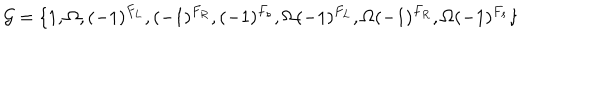
{ \cal G } = \{ 1 , \Omega , ( - 1 ) ^ { F _ { L } } , ( - 1 ) ^ { F _ { R } } , ( - 1 ) ^ { F _ { s } } , \Omega ( - 1 ) ^ { F _ { L } } , \Omega ( - 1 ) ^ { F _ { R } } , \Omega ( - 1 ) ^ { F _ { s } } \}